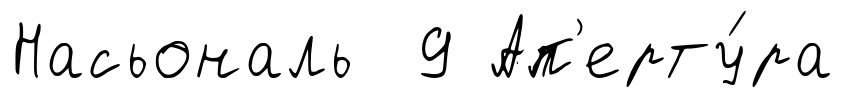
Насьональ 9 Ап'ерту́ра